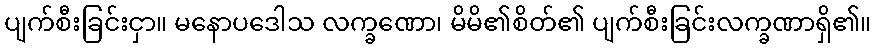
ပျက်စီးခြင်းငှာ။ မနောပဒေါသ လက္ခဏော၊ မိမိ၏စိတ်၏ ပျက်စီးခြင်းလက္ခဏာရှိ၏။